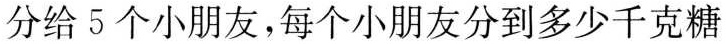
分给5个小朋友，每个小朋友分到多少千克糖